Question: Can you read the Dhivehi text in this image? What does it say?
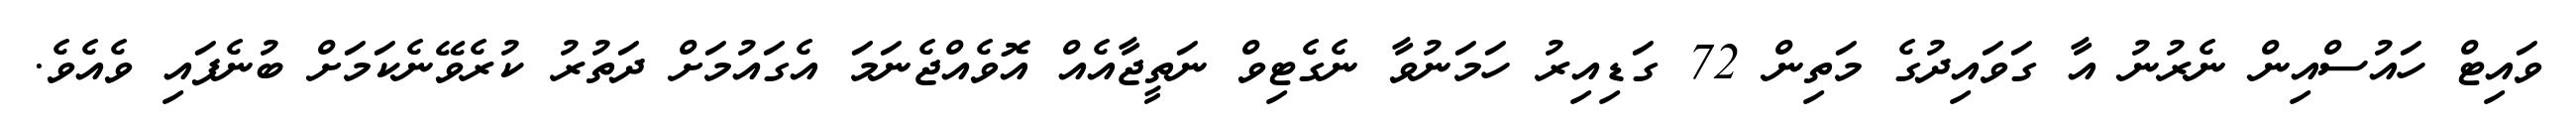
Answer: ވައިޓް ހައުސްއިން ނެރުނު އާ ގަވައިދުގެ މަތިން 72 ގަޑިއިރު ހަމަނުވާ ނެގެޓިވް ނަތީޖާއެއް އޮވެއްޖެނަމަ އެގައުމަށް ދަތުރު ކުރެވޭނެކަމަށް ބުނެފައި ވެއެވެ.